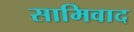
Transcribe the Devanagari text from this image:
सामिवाद